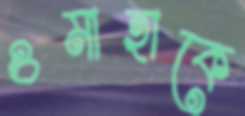
ওমাহাকে